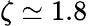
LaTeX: \zeta\simeq 1.8